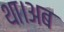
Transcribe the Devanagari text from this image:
था।अब